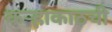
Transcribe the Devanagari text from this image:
कऱ्हाकाठची